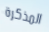
المذكرة